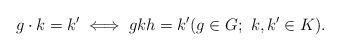
LaTeX: \begin{align*} g\cdot k = k' \iff gkh = k' (g\in G;\ k,k' \in K).\end{align*}